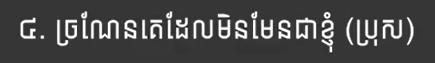
៤. ច្រណែនគេដែលមិនមែនជាខ្ញុំ (ប្រុស)